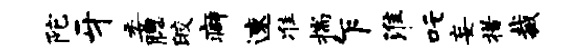
陀牙委腮皎癖速准揣乍淮吒妄措裁